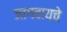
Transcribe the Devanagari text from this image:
जागवायचे